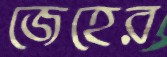
জেহের